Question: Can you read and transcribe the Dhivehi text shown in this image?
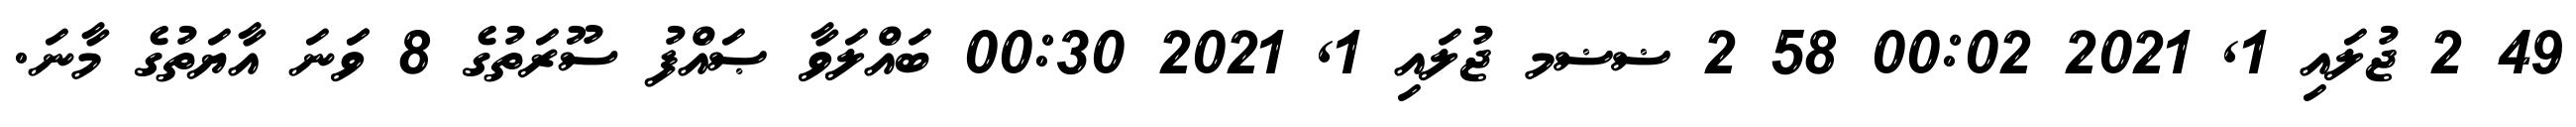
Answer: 49 2 ޖުލައި 1, 2021 00:02 58 2 ޟޟމ ޖުލައި 1, 2021 00:30 ބައްލަވާ ޞައްފު ސޫރަތުގެ 8 ވަަނަ އާޔަތުގެ މާނަ.